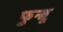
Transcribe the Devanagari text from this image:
फुन्त्रू